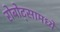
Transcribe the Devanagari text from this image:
रोबोट्सामध्ये